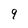
Character: 9